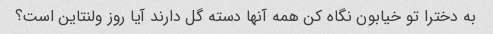
به دخترا تو خیابون نگاه کن همه آنها دسته گل دارند آیا روز ولنتاین است؟